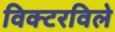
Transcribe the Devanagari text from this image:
विक्टरविले